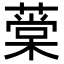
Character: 𦼕